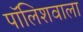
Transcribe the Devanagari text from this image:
पॉलिशवाला